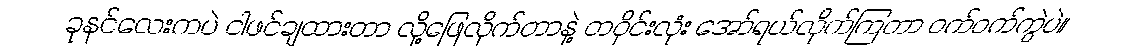
ခုနင်လေးကပဲ ငါဖင်ချထားတာ လို့ဖြေလိုက်တာနဲ့ တဝိုင်းလုံး အော်ရယ်လိုက်ကြတာ ဝက်ဝက်ကွဲပဲ။